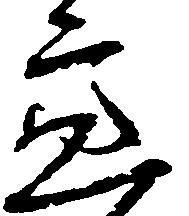
亮